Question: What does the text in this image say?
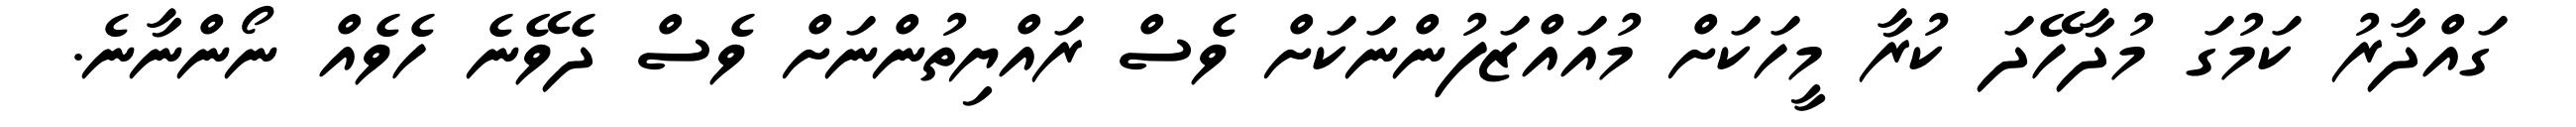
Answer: ގައްދާރު ކަމުގަ މުދާހޭދަ ކުރާ މީހަކަށް މުއައްޒަފުންނަކަށް ވެސް ރައްޔިތުންނަށް ވެސް ދެވޭނެ ހެވެއް ނޯންނާނެ.